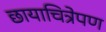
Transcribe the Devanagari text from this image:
छायाचित्रेपण